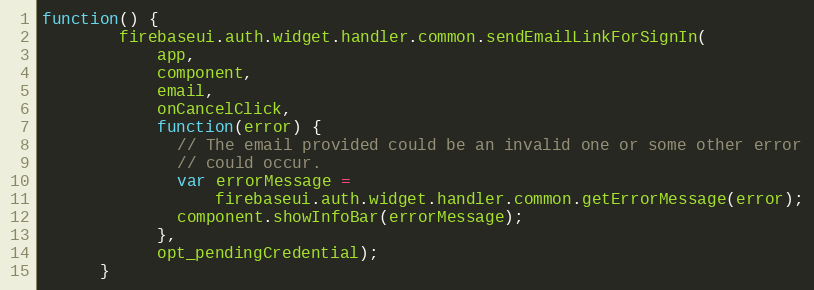
Language: JavaScript
function() {
        firebaseui.auth.widget.handler.common.sendEmailLinkForSignIn(
            app,
            component,
            email,
            onCancelClick,
            function(error) {
              // The email provided could be an invalid one or some other error
              // could occur.
              var errorMessage =
                  firebaseui.auth.widget.handler.common.getErrorMessage(error);
              component.showInfoBar(errorMessage);
            },
            opt_pendingCredential);
      }